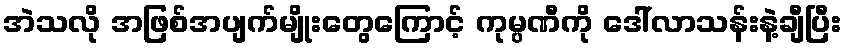
အဲသလို အဖြစ်အပျက်မျိုးတွေကြောင့် ကုမ္ပဏီကို ဒေါ်လာသန်းနဲ့ချီပြီး